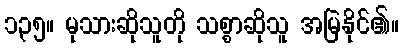
၁၃၅။ မုသားဆိုသူတို သစ္စာဆိုသူ အမြဲနိုင်၏။